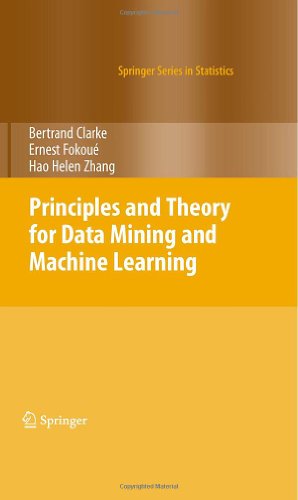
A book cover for Principles and Theory for Data Mining and Machine Learning (Springer Series in Statistics); Bertrand Clarke; Computers & Technology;